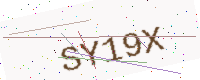
Text: SY19X